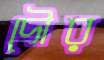
দৌর